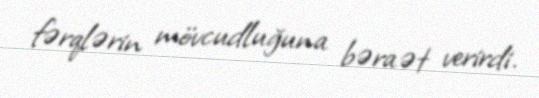
fərqlərin mövcudluğuna bəraət verirdi.